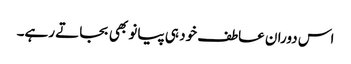
اس دوران عاطف خود ہی پیانو بھی بجاتے رہے۔